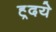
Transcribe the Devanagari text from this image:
ह्र्दये